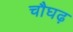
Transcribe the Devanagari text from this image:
चौघढ़